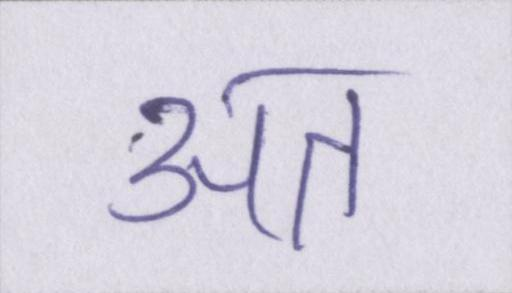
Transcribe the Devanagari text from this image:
अत